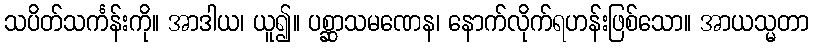
သပိတ်သင်္ကန်းကို။ အာဒါယ၊ ယူ၍။ ပစ္ဆာသမဏေန၊ နောက်လိုက်ရဟန်းဖြစ်သော။ အာယသ္မတာ